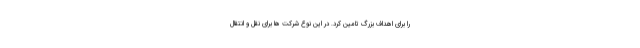
را برای اهداف بزرگ تامین کرد. در این نوع شرکت ها برای نقل و انتقال